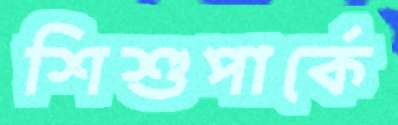
শিশুপার্কে